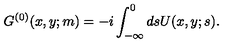
G ^ { ( 0 ) } ( x , y ; m ) = - i \int _ { - \infty } ^ { 0 } d s U ( x , y ; s ) .